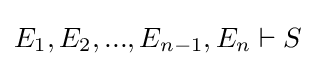
E_{1},E_{2},...,E_{n-1},E_{n}\vdash S